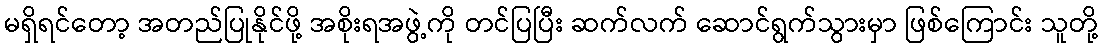
မရှိရင်တော့ အတည်ပြုနိုင်ဖို့ အစိုးရအဖွဲ့ကို တင်ပြပြီး ဆက်လက် ဆောင်ရွက်သွားမှာ ဖြစ်ကြောင်း သူတို့